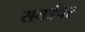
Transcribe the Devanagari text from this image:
सनईवर